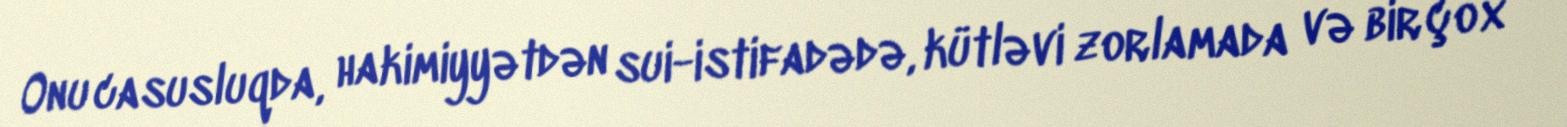
Onu casusluqda, hakimiyyətdən sui-istifadədə, kütləvi zorlamada və bir çox